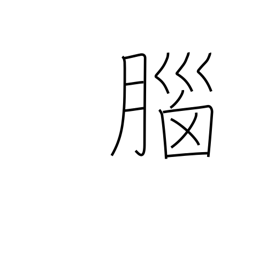
Meaning: memory